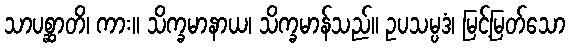
သာပစ္ဆာတိ၊ ကား။ သိက္ခမာနာယ၊ သိက္ခမာန်သည်။ ဥပသမ္ပဒံ၊ မြင့်မြတ်သော